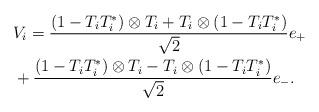
LaTeX: \begin{align*}\lefteqn{V_i=\frac{(1-T_iT_i^*)\otimes T_i+T_i\otimes(1-T_iT_i^*)}{\sqrt{2}}e_+}\\ &+\frac{(1-T_iT_i^*)\otimes T_i-T_i\otimes(1-T_iT_i^*)}{\sqrt{2}}e_-.\end{align*}